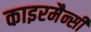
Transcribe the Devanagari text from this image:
काइरमैन्सी